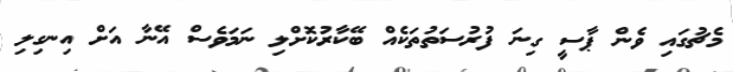
މެޗުގައި ވެން ޕާސީ ގިނަ ފުރުސަތުތަކެއް ބޭކާރުކޮށްލި ނަމަވެސް އޭނާ އަށް އިނގިލި